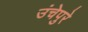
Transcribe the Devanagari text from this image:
उंचेपुरे